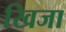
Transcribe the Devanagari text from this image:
खिजा